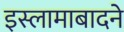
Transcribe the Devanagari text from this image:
इस्लामाबादने